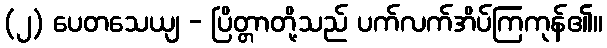
(၂) ပေတသေယျ - ပြိတ္တာတို့သည် ပက်လက်အိပ်ကြကုန်၏။